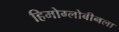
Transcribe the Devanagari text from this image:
हिमोग्लोबीनला